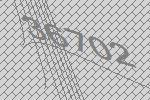
36702